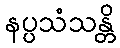
နပ္ပသံသန္တိ